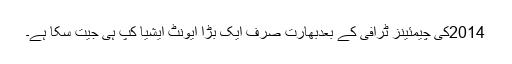
2014کی چیمئینز ٹرافی کے بعدبھارت صرف ایک بڑا ایونٹ ایشیا کپ ہی جیت سکا ہے۔